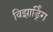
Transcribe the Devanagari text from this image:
विझार्ड्रिंग